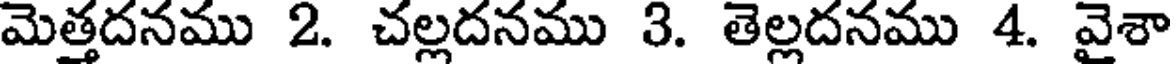
మెత్తదనము 2. చల్లదనము 3. తెల్లదనము 4. వైశా